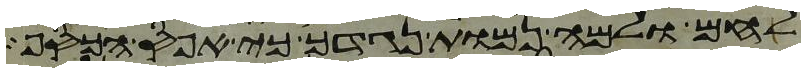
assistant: לחם ולמה נמות נגדך כי אפס הכסף